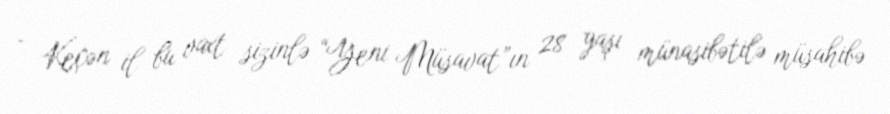
- Keçən il bu vaxt sizinlə “Yeni Müsavat”ın 28 yaşı münasibətilə müsahibə